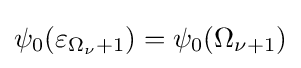
\psi _{0}(\varepsilon _{\Omega _{\nu }+1})=\psi _{0}(\Omega _{\nu +1})